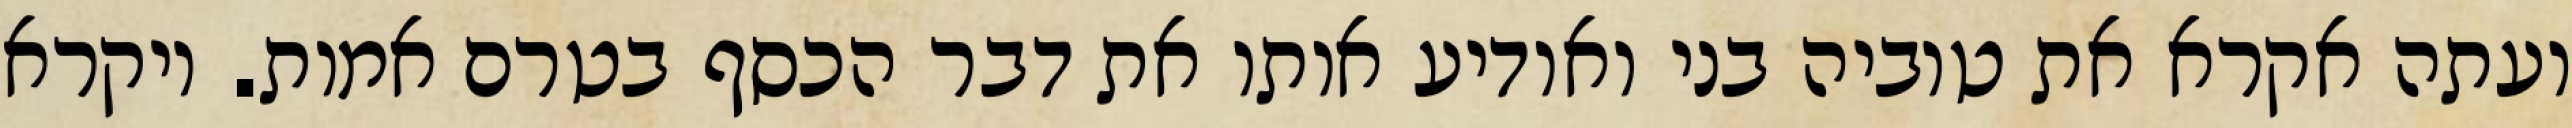
ועתה אקרא את טוביה בני ואודיע אותו את דבר הכסף בטרם אמות. ויקרא